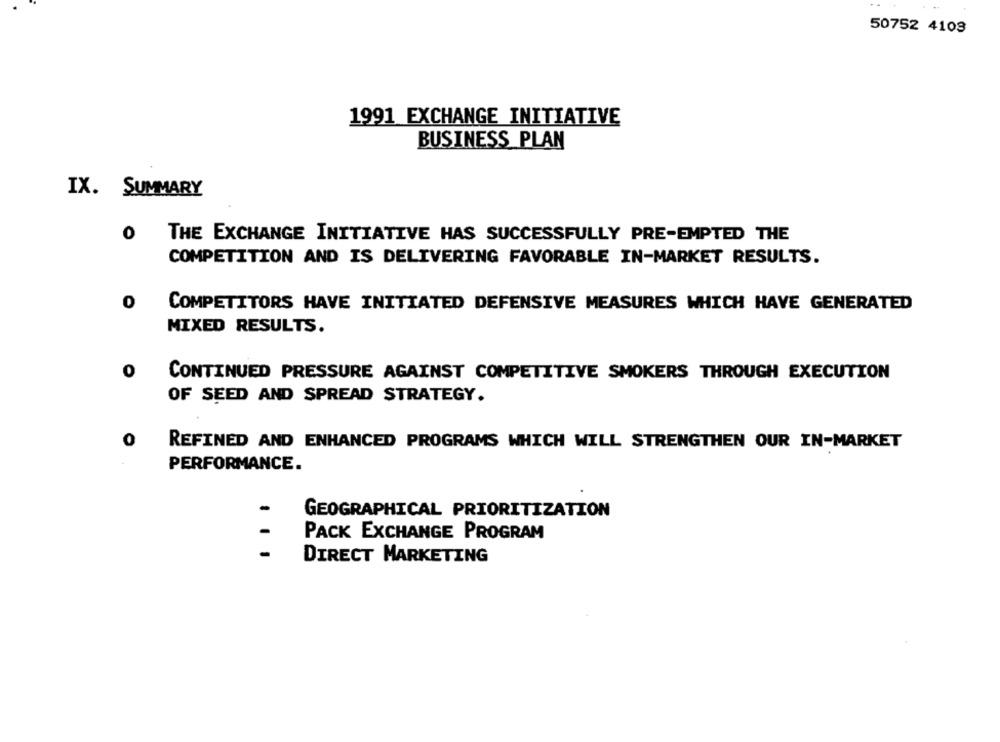
50752 4103
1991 EXCHANGE INITIATIVE
BUSINESS PLAN
IX. SUMMARY
O THE EXCHANGE INITIATIVE HAS SUCCESSFULLY PRE-EMPTED THE
COMPETITION AND IS DELIVERING FAVORABLE IN-MARKET RESULTS.
COMPETITORS HAVE INITIATED DEFENSIVE MEASURES WHICH HAVE GENERATED
MIXED RESULTS.
0
CONTINUED PRESSURE AGAINST COMPETITIVE SMOKERS THROUGH EXECUTION
OF SEED AND SPREAD STRATEGY.
0
REFINED AND ENHANCED PROGRAMS WHICH WILL STRENGTHEN OUR IN-MARKET
PERFORMANCE.
GEOGRAPHICAL PRIORITIZATION
PACK EXCHANGE PROGRAM
DIRECT MARKETING